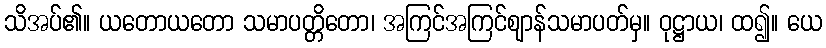
သိအပ်၏။ ယတောယတော သမာပတ္တိတော၊ အကြင်အကြင်ဈာန်သမာပတ်မှ။ ဝုဋ္ဌာယ၊ ထ၍။ ယေ